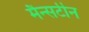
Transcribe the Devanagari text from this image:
मैन्सटीन